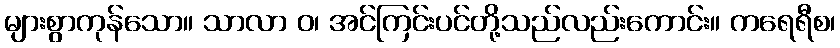
များစွာကုန်သော။ သာလာ ဝ၊ အင်ကြင်းပင်တို့သည်လည်းကောင်း။ ကရေရီစ၊